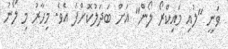
ވަނީ "ލުއި މައިކްރޯ ލޯން" އަށް ބަދަލުކޮށްފަ އެވެ. މިހާރު މި ލޯނު